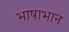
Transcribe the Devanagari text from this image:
भाषाभान